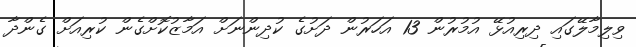
ވިލިމާލޭގައި ދިރިއުޅޭ އުމުރުން 13 އަހަރުން ދަށުގެ ކުދިންނަށް އަމާޒުކޮށްގެން ކުރިއަށް ގެންދާ